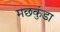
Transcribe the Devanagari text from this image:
मछकुंडा